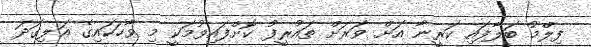
ފިލްމު ބަލާފައި ކަރީނާ އަށް ވަރަށް ތައުރީފު ކޮށްފައިވުމަކީ މި ވާހަކައިގެ އަލިގަދަ